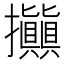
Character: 𢺗